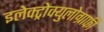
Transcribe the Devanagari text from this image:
इलेक्ट्रोक्युलोग्राफी